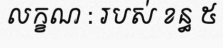
លក្ខណ : របស់ ខន្ធ ៥